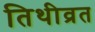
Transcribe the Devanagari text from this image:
तिथीव्रत